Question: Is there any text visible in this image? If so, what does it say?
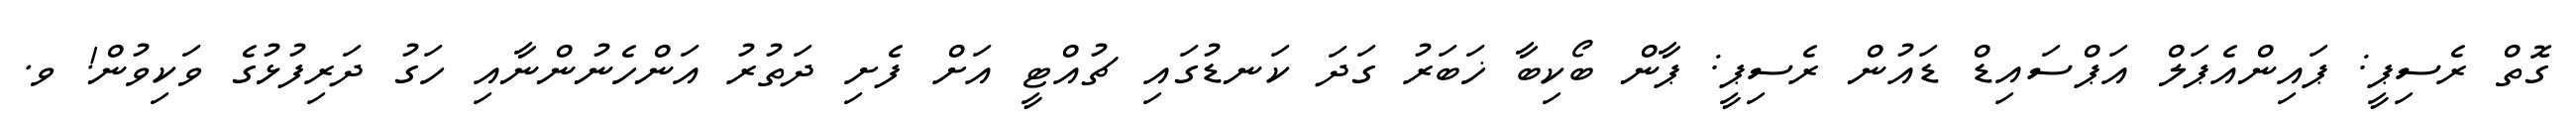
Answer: ގޮތް ރެސިޕީ: ޕައިންއެޕަލް އަޕްސައިޑް ޑައުން ރެސިޕީ: ޕާން ބޯކިބާ ޚަބަރު ގަދަ ކަނޑުގައި ޗުއްޓީ އަށް ފެށި ދަތުރު އަންހެނުންނާއި ހަގު ދަރިފުޅުގެ ވަކިވުން! ވ.